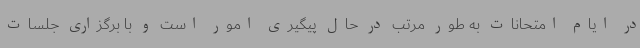
در ایام امتحانات به طور مرتب در حال پیگیری امور است و با برگزاری جلسات